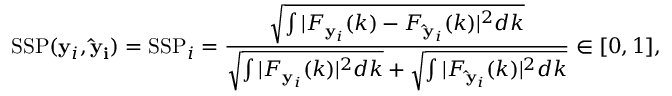
\mathrm { S S P } ( \mathbf { y } _ { i } , \mathbf { \hat { y } _ { i } } ) = \mathrm { S S P } _ { i } = \frac { \sqrt { \int | F _ { \mathbf { y } _ { i } } ( k ) - F _ { \mathbf { \hat { y } } _ { i } } ( k ) | ^ { 2 } d k } } { \sqrt { \int | F _ { \mathbf { y } _ { i } } ( k ) | ^ { 2 } d k } + \sqrt { \int | F _ { \mathbf { \hat { y } } _ { i } } ( k ) | ^ { 2 } d k } } \in [ 0 , 1 ] ,